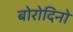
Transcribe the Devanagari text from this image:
बोरोदिनो